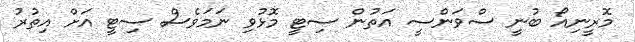
މޮރީނިއޯ ބުނީ ސްވަންސީ އަތުން ސިޓީ މޮޅުވި ނަމަވެސް ސިޓީ އަށް އިތުރު